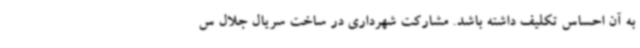
به آن احساس تکلیف داشته باشد. مشارکت شهرداری در ساخت سریال جلال س